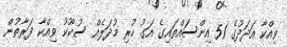
ވިއްކާ އަދަދުގެ 51 އިންސައްތައިގެ އަގު ހުރި މުދަލެއް ސުކޫކު ވިއްކާ ފަރާތުން